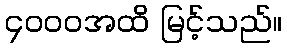
၄၀၀၀အထိ မြင့်သည်။